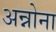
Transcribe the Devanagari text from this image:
अन्नोना